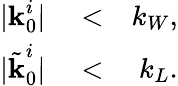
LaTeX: \begin{array}{rlr}{|\textbf{k}_{0}^{i}|}&{{}<}&{k_{W},}\\ {|\tilde{\textbf{k}}_{0}^{i}|}&{{}<}&{k_{L}.}\end{array}